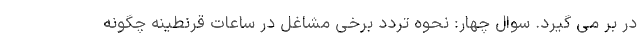
در بر می گیرد. سوال چهار: نحوه تردد برخی مشاغل در ساعات قرنطینه چگونه